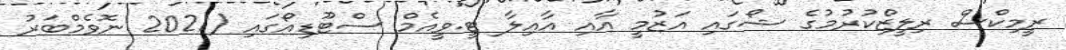
ރީމިކްސް ރިލީޒްކުރުމުގެ ޝޯގައި އަޒުމީ އާއި އާއިލާ ޓީ.ވީއެމް ސްޓޫޑިއޯގައި (2021 ނޮވެމްބަރު